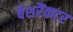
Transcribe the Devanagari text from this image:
बेशरैंकटर